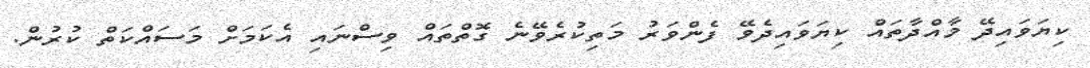
ކިޔަވައިދޭ މާއްދާތައް ކިޔަވައިދެވޭ ފެންވަރު މަތިކުރެވޭނެ ގޮތްތައް ވިސްނައި އެކަމަށް މަސައްކަތް ކުރުން.